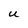
Character: U